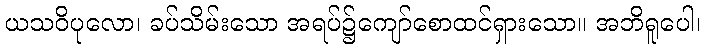
ယသဝိပုလော၊ ခပ်သိမ်းသော အရပ်၌ကျော်စောထင်ရှားသော။ အဘိရူပေါ၊